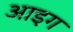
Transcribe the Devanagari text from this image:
आइग